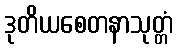
ဒုတိယစေတနာသုတ္တံ